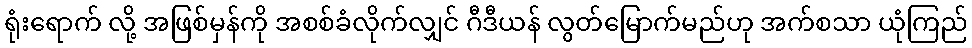
ရုံးရောက် လို့ အဖြစ်မှန်ကို အစစ်ခံလိုက်လျှင် ဂီဒီယန် လွတ်မြောက်မည်ဟု အက်စသာ ယုံကြည်